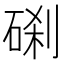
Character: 𥓑